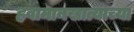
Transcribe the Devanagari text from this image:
हवामानखात्याच्या